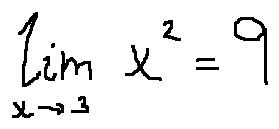
\lim \limits _ { x \rightarrow 3 } x ^ { 2 } = 9